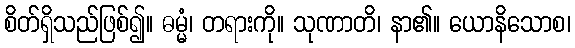
စိတ်ရှိသည်ဖြစ်၍။ ဓမ္မံ၊ တရားကို။ သုဏာတိ၊ နာ၏။ ယောနိသောစ၊